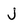
Character: j